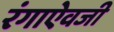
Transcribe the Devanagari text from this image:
रंगाऐवजी